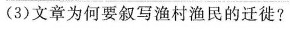
（3）文章为何要叙写渔村渔民的迁徙？